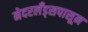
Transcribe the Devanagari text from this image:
नेदरलँड्सपासून